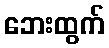
ဘေးထွက်